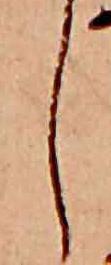
し